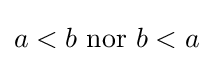
a<b{\text{ nor }}b<a